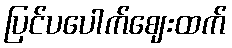
ပြင်ပပေါက်ဈေးထက်